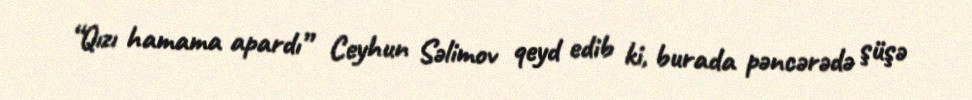
“Qızı hamama apardı” Ceyhun Səlimov qeyd edib ki, burada pəncərədə şüşə